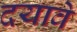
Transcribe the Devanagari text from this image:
दयावे